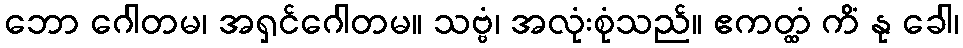
ဘော ဂေါတမ၊ အရှင်ဂေါတမ။ သဗ္ဗံ၊ အလုံးစုံသည်။ ဧကတ္ထံ ကိံ နု ခေါ၊